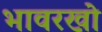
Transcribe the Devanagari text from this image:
भावरखो